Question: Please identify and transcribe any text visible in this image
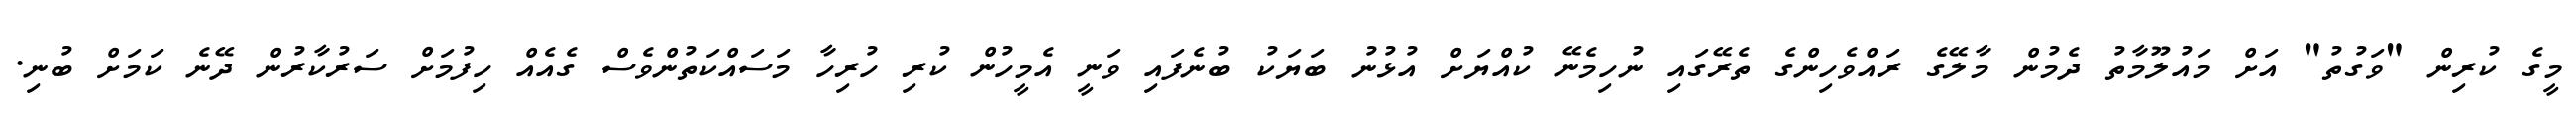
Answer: މީގެ ކުރިން "ވަގުތު" އަށް މައުލޫމާތު ދެމުން މާލޭގެ ރައްވެހިންގެ ތެރޭގައި ނުހިމެނޭ ކުއްޔަށް އުޅުނު ބަޔަކު ބުނެފައި ވަނީ އެމީހުން ކުރި ހުރިހާ މަސައްކަތުންވެސް ގެއެއް ހިފުމަށް ސަރުކާރުން ދޭނެ ކަމަށް ބުނި.